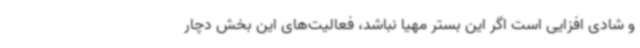
و شادی افزایی است اگر این بستر مهیا نباشد، فعالیت‌های این بخش دچار